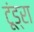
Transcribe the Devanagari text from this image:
टूंड्रा